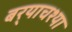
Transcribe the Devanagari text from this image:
बर्‍याचश्या